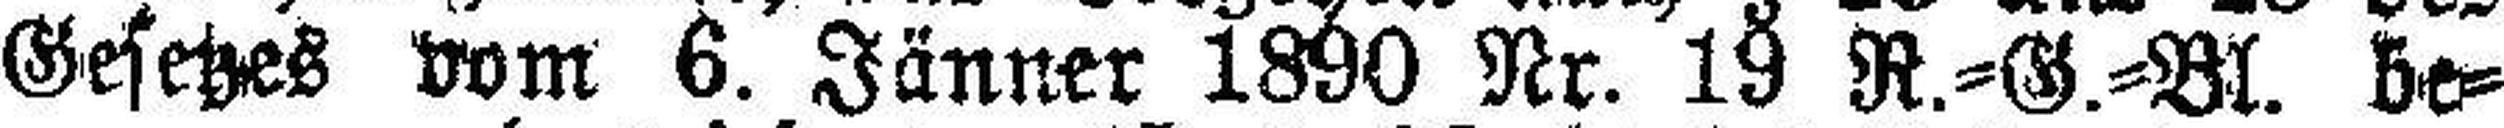
Gesetzes vom 6. Jänner 1890 Nr. 19 R.=G.=Bl. be¬